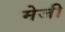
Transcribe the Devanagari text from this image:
मेजी